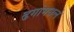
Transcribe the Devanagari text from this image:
ढगांमधलं